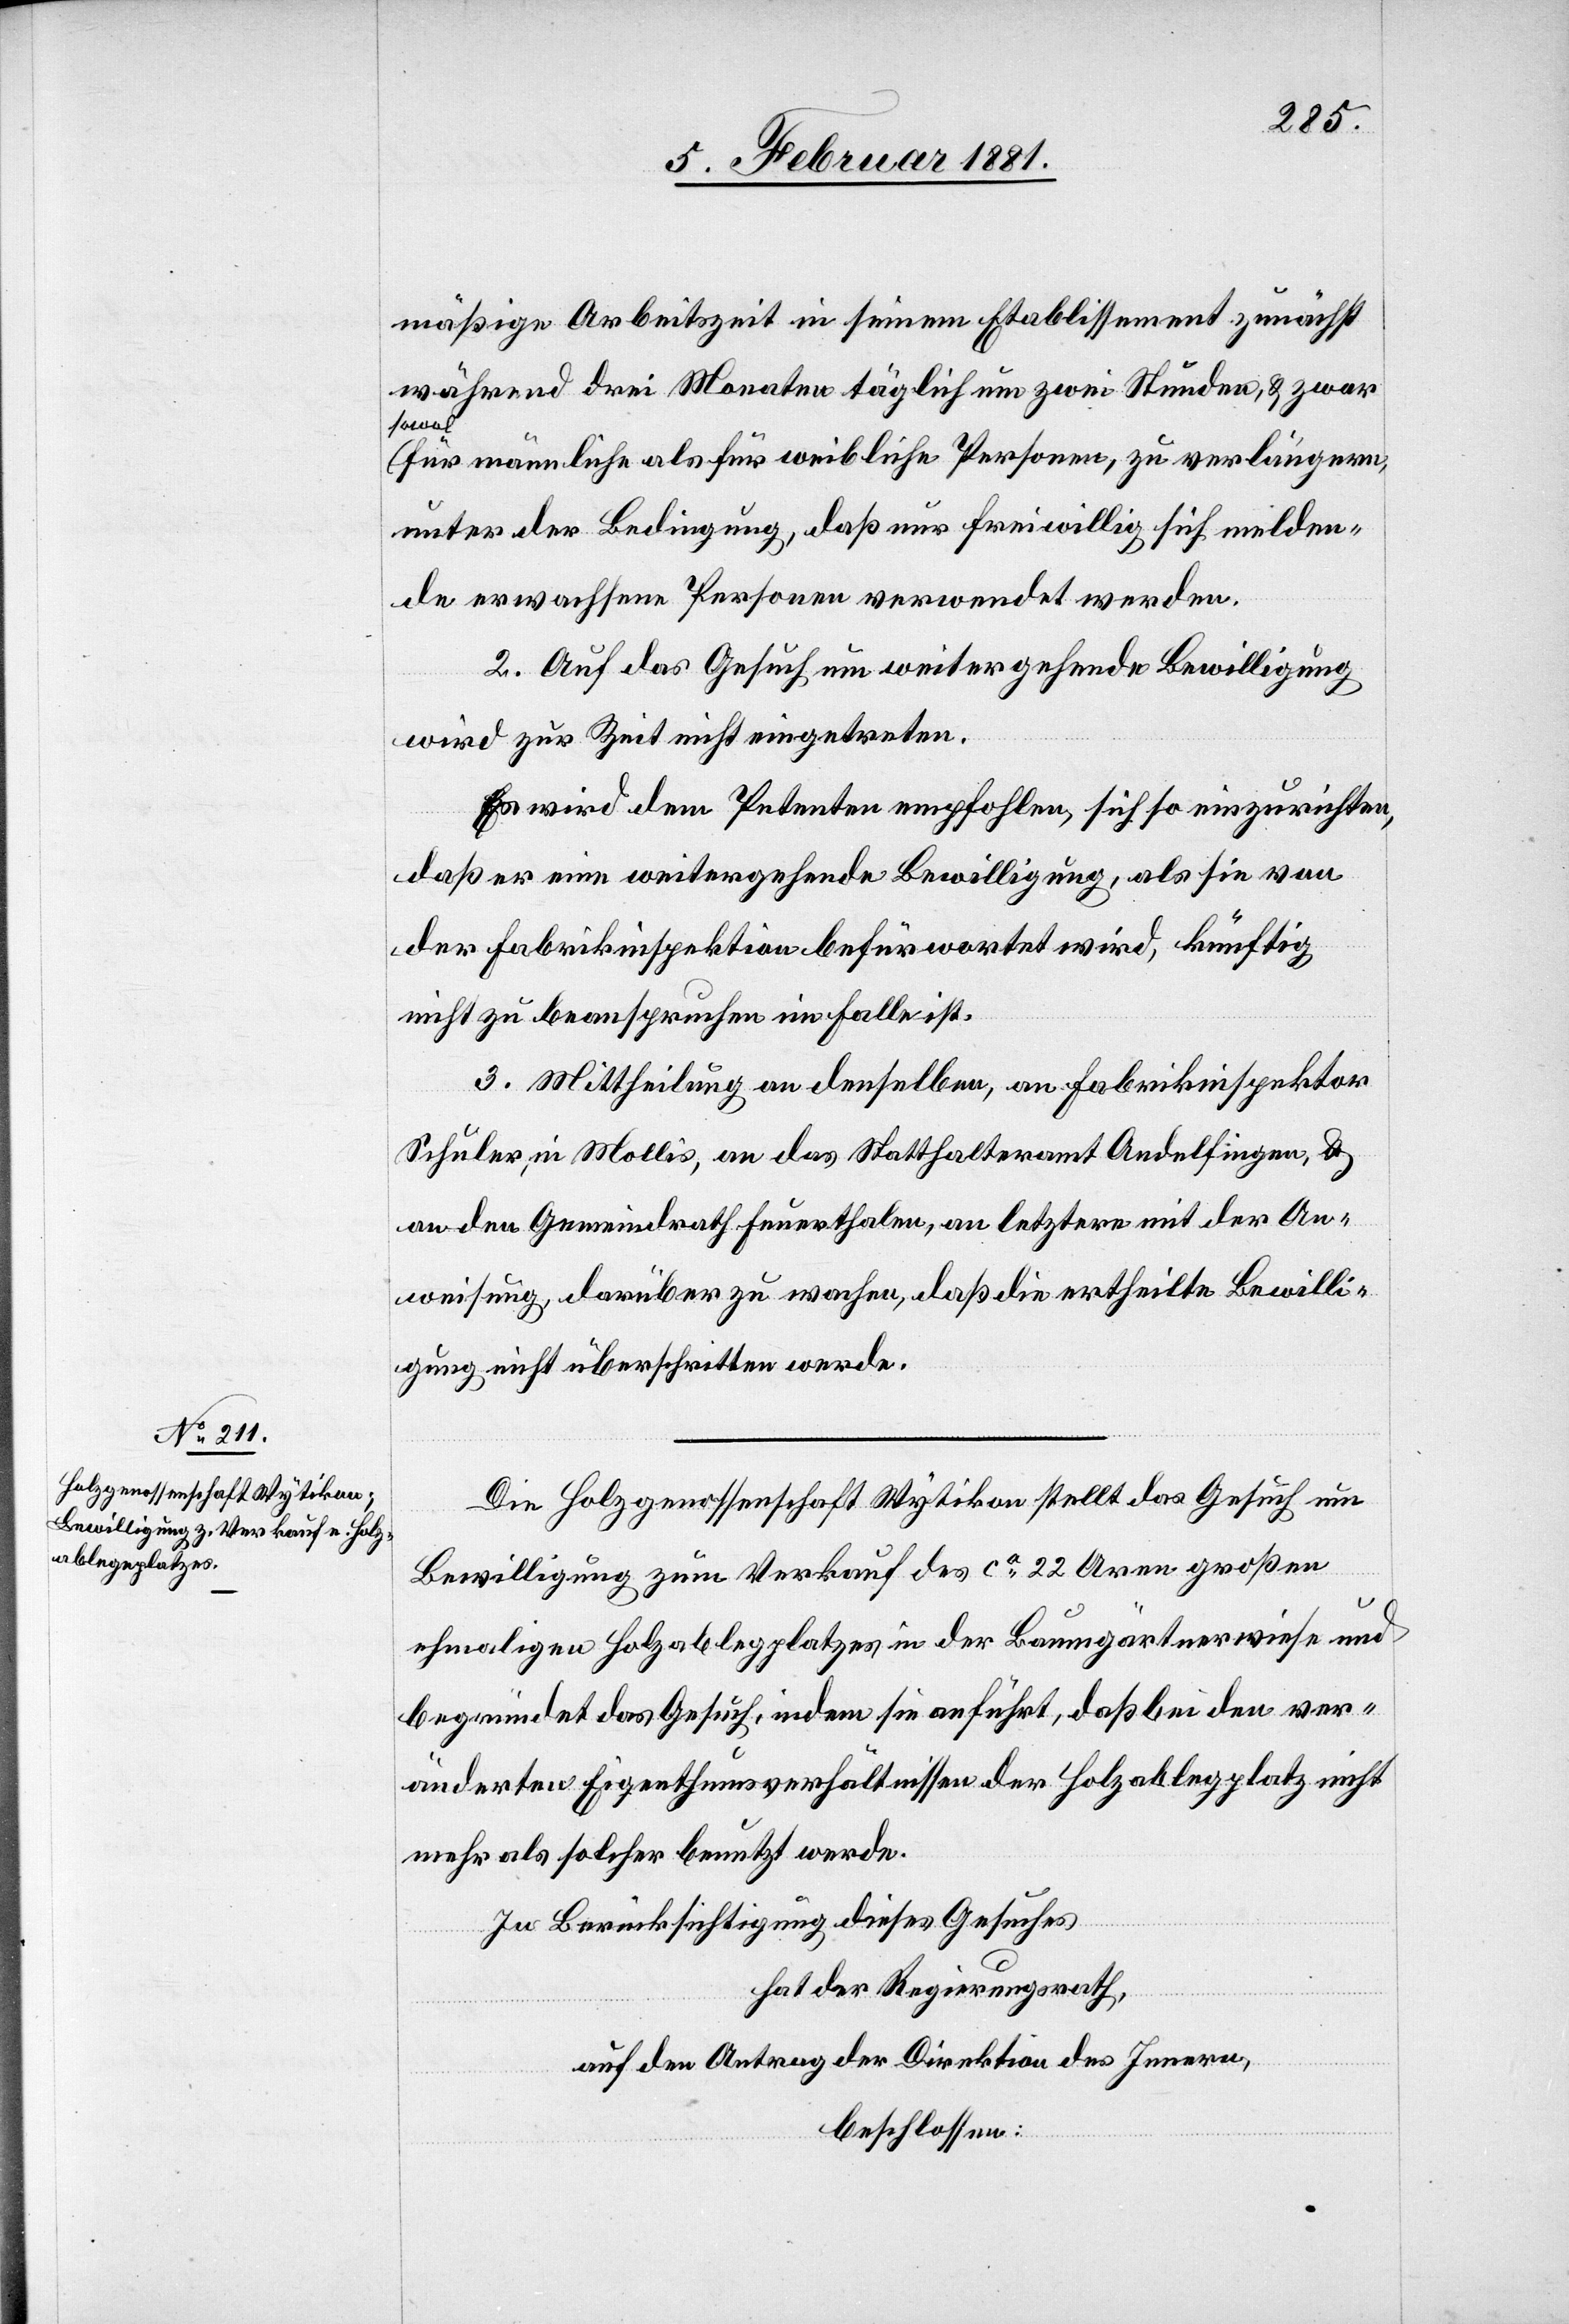
mäßige Arbeitszeit in seinem Etablissement zunächst
während drei Monaten täglich um zwei Stunden, & zwar
sowol
für männliche als für weibliche Personen, zu verlängern,
unter der Bedingung, daß nur freiwillig sich melden¬
de erwachsene Personen verwendet werden.
2. Auf das Gesuch um weitergehende Bewilligung
wird zur Zeit nicht eingetreten.
Es wird dem Petenten empfohlen, sich so einzurichten,
daß er eine weitergehende Bewilligung, als sie von
der Fabrikinspektion befürwortet wird, künftig
nicht zu beanspruchen im Falle ist.
3. Mittheilung an denselben, Fabrikinspektor
Schuler, in Mollis, an das Statthalteramt Andelfingen, &
an den Gemeindrath Feuerthalen, an letztere mit der An¬
weisung, darüber zu wachen, daß die ertheilte Bewilli¬
gung nicht überschritten werde.
Die Holzgenossenschaft Wytikon stellt das Gesuch um
Bewilligung zum Verkauf des ca 22 Aren großen
ehemaligen Holzablegeplatzes in der Baumgärtnerwiese und
begründet das Gesuch, indem sie anführt, daß bei den ver¬
änderten Eigenthumsverhältnissen der Holzablegeplatz nicht
mehr als solcher benutzt werde.
In Berücksichtigung dieses Gesuches
hat der Regierungsrath,
auf den Antrag der Direktion des Innern,
beschlossen: